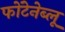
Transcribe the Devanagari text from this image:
फोंटेनेब्लू